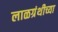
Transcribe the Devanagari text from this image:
लाळग्रंथीच्या